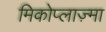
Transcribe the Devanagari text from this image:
मिकोप्लाज़्मा